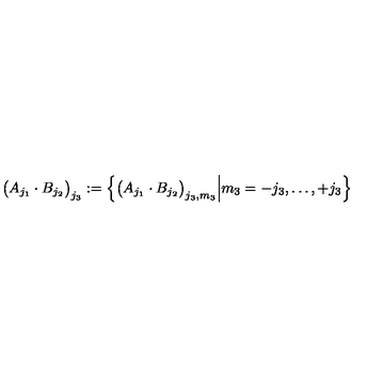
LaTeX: \big ( A _ { j _ { 1 } } \cdot B _ { j _ { 2 } } \big ) _ { j _ { 3 } } : = \left\{ \big ( A _ { j _ { 1 } } \cdot B _ { j _ { 2 } } \big ) _ { j _ { 3 } , m _ { 3 } } \Big | m _ { 3 } = - j _ { 3 } , \dots , + j _ { 3 } \right\}